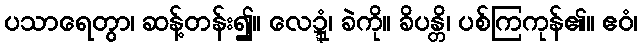
ပသာရေတွာ၊ ဆန့်တန်း၍။ လေဍ္ဍုံ၊ ခဲကို။ ခိပန္တိ၊ ပစ်ကြကုန်၏။ ဧဝံ၊